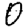
Digit: 0